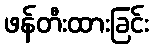
ဖန်တီးထားခြင်း